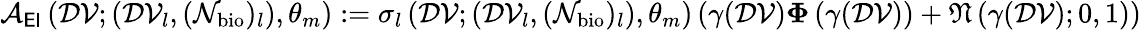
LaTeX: \begin{array}{r}{\mathcal{A}_{\sf EI}\left(\mathcal{DV};(\mathcal{DV}_{l},(\mathcal{N}_{\mathrm{bio}})_{l}),\theta_{m}\right):=\sigma_{l}\left(\mathcal{DV};(\mathcal{DV}_{l},(\mathcal{N}_{\mathrm{bio}})_{l}),\theta_{m}\right)\left(\gamma(\mathcal{DV}){\mathbf\Phi}\left(\gamma(\mathcal{DV})\right)+\mathfrak{N}\left(\gamma(\mathcal{DV});0,1\right)\right)}\end{array}